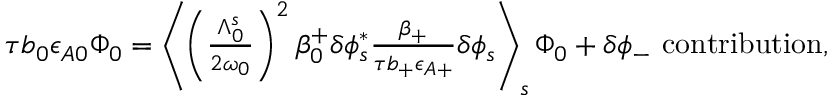
\begin{array} { r } { \tau b _ { 0 } \epsilon _ { A 0 } \Phi _ { 0 } = \left\langle \left( \frac { \Lambda _ { 0 } ^ { s } } { 2 \omega _ { 0 } } \right) ^ { 2 } \beta _ { 0 } ^ { + } \delta \phi _ { s } ^ { * } \frac { \beta _ { + } } { \tau b _ { + } \epsilon _ { A + } } \delta \phi _ { s } \right\rangle _ { s } \Phi _ { 0 } + \delta \phi _ { - } \ \mathrm { c o n t r i b u t i o n } , } \end{array}